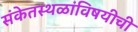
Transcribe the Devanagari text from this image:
संकेतस्थळांविषयीची